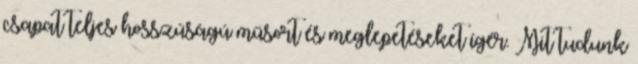
csapat teljes hosszúságú műsort és meglepetéseket ígér. Mit tudunk